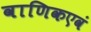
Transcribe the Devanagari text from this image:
वाणिकएवं